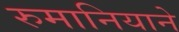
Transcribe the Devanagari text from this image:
रुमानियाने